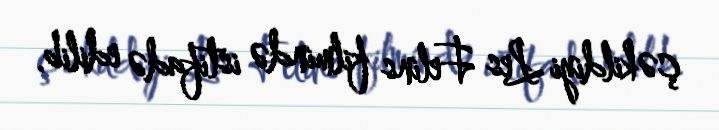
çəkildiyi Les Felins filmində istifadə edilib.